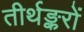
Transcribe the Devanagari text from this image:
तीर्थङ्करों